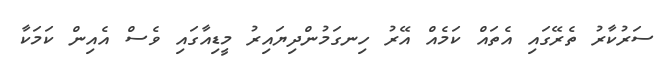
ސަރުކާރު ތެރޭގައި އެތައް ކަމެއް އޭރު ހިނގަމުންދިޔައިރު މީޑިއާގައި ވެސް އެއިން ކަމަކާ